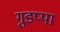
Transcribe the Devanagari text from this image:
गुडप्पा